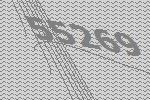
55269